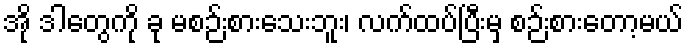
အို ဒါတွေကို ခု မစဉ်းစားသေးဘူး၊ လက်ထပ်ပြီးမှ စဉ်းစားတော့မယ်